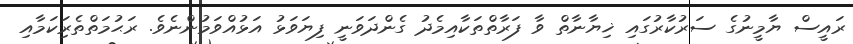
ރައީސް ޔާމީނުގެ ސަރުކާރުގައި ޚިޔާނާތް ވާ ފަރާތްތަކާއިމެދު ގެންދަވަނީ ފިޔަވަޅު އަޅުއްވަމުންނެވެ. ރަޙުމަތްތެރިަކަމާއި